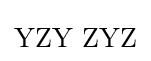
\mathrm {YZY\,\,ZYZ}